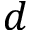
d